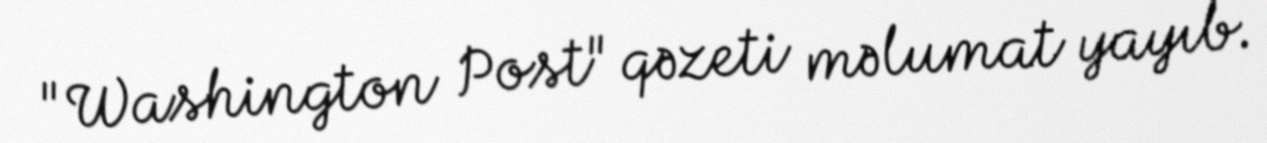
"Washington Post" qəzeti məlumat yayıb.